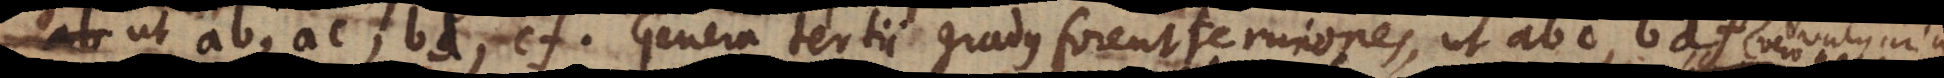
ut ab, ac, bd, cf. Genera tertii gradus forent terniones, ut abc, bdf, et ita